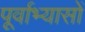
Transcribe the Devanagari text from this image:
पूर्वाभ्यासों